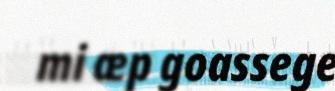
mi æp goassege